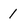
Character: 1